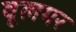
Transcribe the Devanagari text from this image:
वूलमर